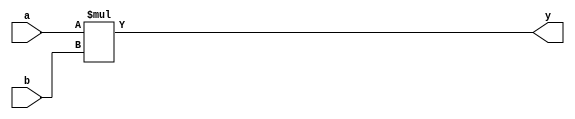
module multiplier
(
input wire[3:0]a,
input wire[3:0]b,
output reg [7:0]y
);

assign y=a*b;
endmodule